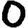
Digit: 0